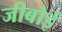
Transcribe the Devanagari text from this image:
जीबोई